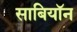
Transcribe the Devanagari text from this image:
साबियॉन